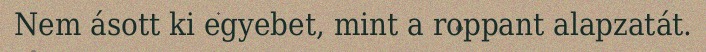
Nem ásott ki egyebet, mint a roppant alapzatát.